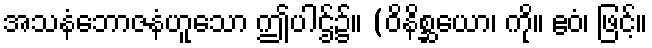
အသနံဘောဇနံဟူသော ဤပါဌ်၌။ (ဝိနိစ္ဆယော၊ ကို။ ဧဝံ၊ ဖြင့်။